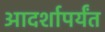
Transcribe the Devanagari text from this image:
आदर्शापर्यंत